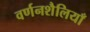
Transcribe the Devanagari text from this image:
वर्णनशैलियाँ